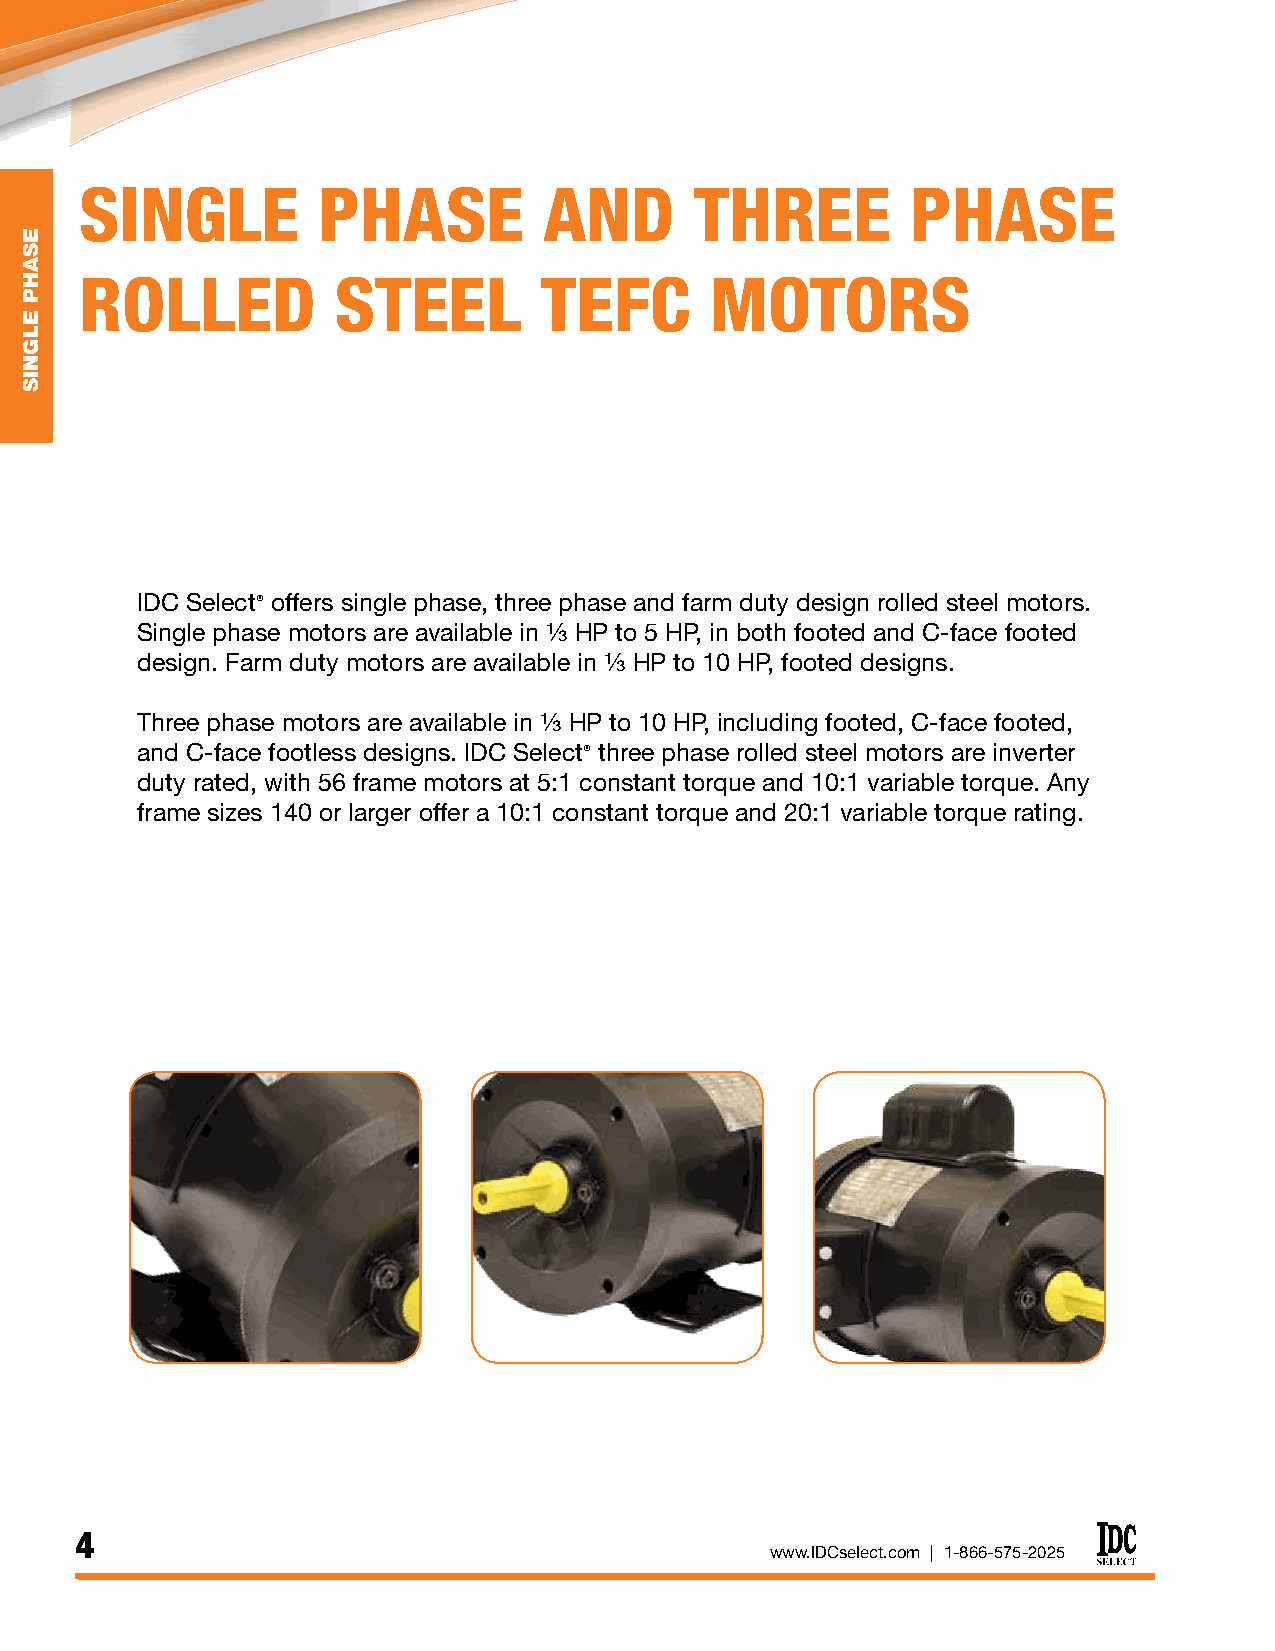
SINGLE          PHASE          AND       THREE         PHASE
 ROLLED           STEEL         TEFC       MOTORS
 IDC Select® offers single phase, three phase and farm duty design rolled steel motors.
 1/3
 Single phase motors are available in HP to 5 HP, in both footed and C-face footed
 1/3
 design. Farm duty motors are available in HP to 10 HP, footed designs.
 1/3
 Three phase motors are available in HP to 10 HP, including footed, C-face footed,
 and C-face footless designs. IDC Select® three phase rolled steel motors are inverter
 duty rated, with 56 frame motors at 5:1 constant torque and 10:1 variable torque. Any
 frame sizes 140 or larger offer a 10:1 constant torque and 20:1 variable torque rating.
 4
 www.IDCselect.com | 1-866-575-2025
 ESAHP
 ELGNIS